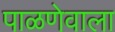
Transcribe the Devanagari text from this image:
पाळणेवाला